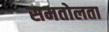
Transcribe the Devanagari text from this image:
समतोलता